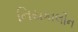
નિયકાલીન